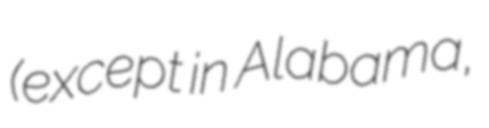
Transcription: (except in Alabama,